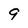
Character: 9